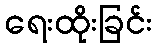
ရေးထိုးခြင်း